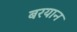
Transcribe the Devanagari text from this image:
बरयान